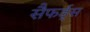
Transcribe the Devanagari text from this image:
सैफर्ड्स